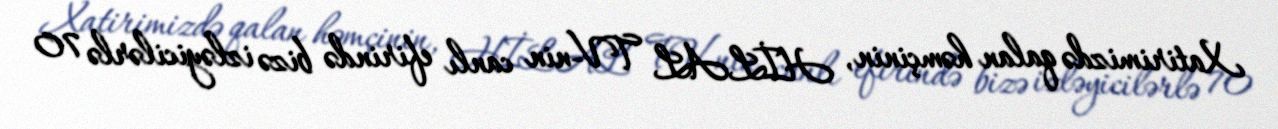
Xatirimizdə qalan həmçinin, HİLAL TV-nin canlı efirində bizə izləyicilərlə 70